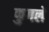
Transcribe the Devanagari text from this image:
फुगले